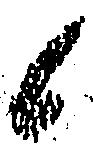
候